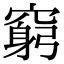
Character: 窮